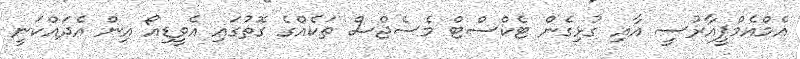
އެމްއެމްޕީއާރުސީ އާއި ގުޅިގެން ޓެކްސްޓް މެސެޖްސް ތަކެއްގެ ގޮތުގައި އެވީޑިއޯ އިން އެދައްކަނީ